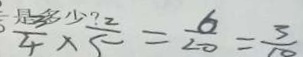
\frac { 3 } { 4 } \times \frac { 2 } { 5 } = \frac { 6 } { 2 0 } = \frac { 3 } { 1 0 }